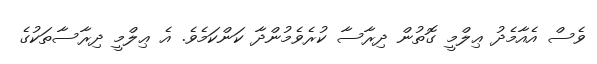
ވެސް އެއާމެދު ޢިލްމީ ގޮތުން ދިރާސާ ކުރެވެމުންދާ ކަންކަމެވެ. އެ ޢިލްމީ ދިރާސާތަކުގެ